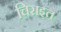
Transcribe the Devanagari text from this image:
चिराइत